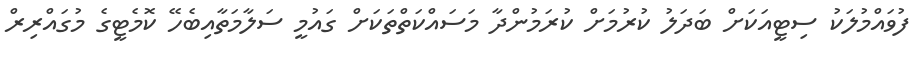
ފުވައްމުލަކު ސިޓީއަކަށް ބަދަލު ކުރުމަށް ކުރަމުންދާ މަސައްކަތްތަކަށް ގައުމީ ސަލާމަތާއިބެހޭ ކޮމެޓީގެ މުގައްރިރް